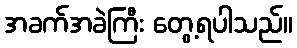
အခက်အခဲကြီး တွေ့ရပါသည်။